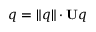
q = \lVert q \rVert \cdot \mathbf { U } q